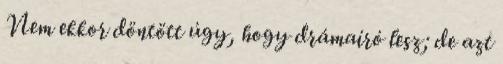
Nem ekkor döntött úgy, hogy drámaíró lesz; de azt